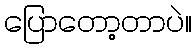
ပြောတော့တာပဲ။